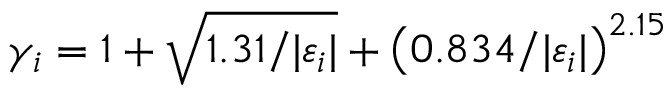
\gamma _ { i } = 1 + \sqrt { { 1 . 3 1 } / { | \varepsilon _ { i } } | } + \mathopen { } \mathclose \bgroup \mathopen { } \mathclose \bgroup \mathopen { } \mathclose \bgroup \mathopen { } \mathclose \bgroup \mathopen { } \mathclose \bgroup \mathopen { } \mathclose \bgroup \mathopen { } \mathclose \bgroup \mathopen { } \mathclose \bgroup \mathopen { } \mathclose \bgroup \mathopen { } \mathclose \bgroup \left( { 0 . 8 3 4 } / { | \varepsilon _ { i } | } \aftergroup \egroup \aftergroup \egroup \aftergroup \egroup \aftergroup \egroup \aftergroup \egroup \aftergroup \egroup \aftergroup \egroup \aftergroup \egroup \aftergroup \egroup \aftergroup \egroup \right) ^ { 2 . 1 5 }